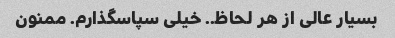
بسیار عالی از هر لحاظ.. خیلی سپاسگذارم. ممنون